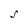
Character: S